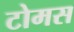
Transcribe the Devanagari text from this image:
टोमस